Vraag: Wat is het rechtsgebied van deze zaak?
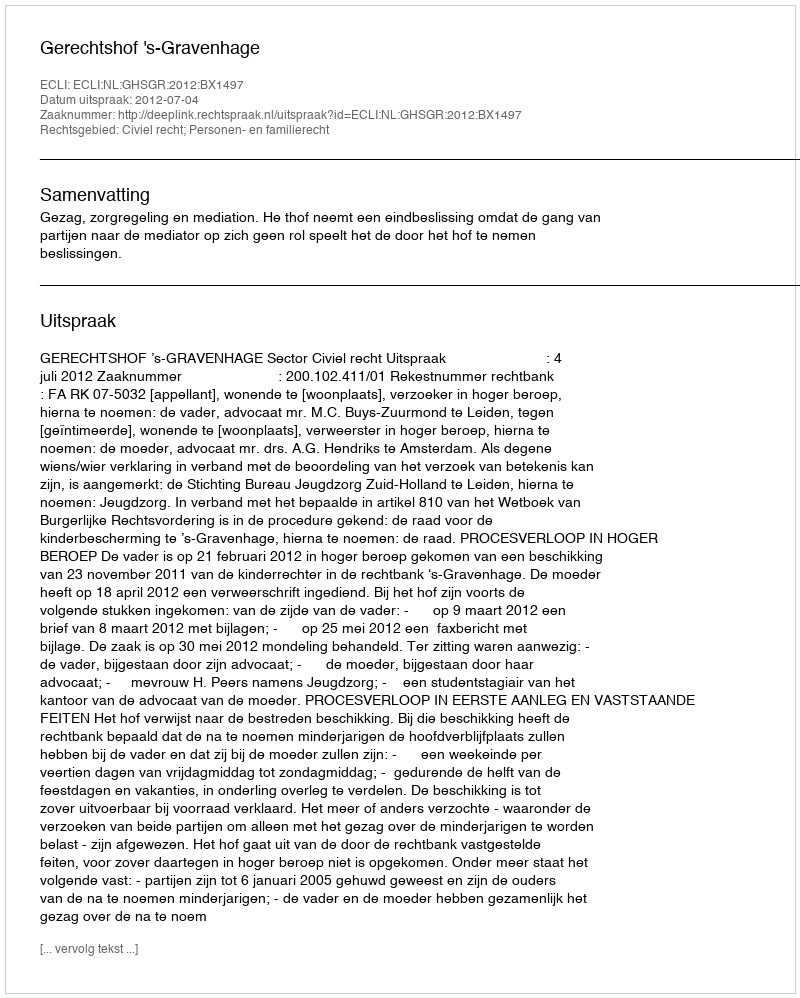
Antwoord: Civiel recht; Personen- en familierecht